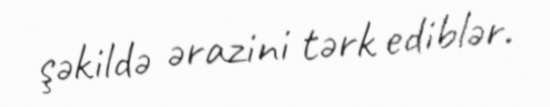
şəkildə ərazini tərk ediblər.